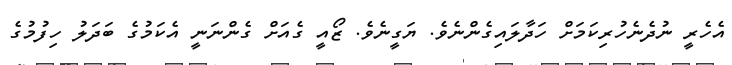
އެހެރީ ނުދެނެހުރިކަމަށް ހަދާލައިގެންނެވެ. ޔަގީނެވެ. ޒޯއީ ގެއަށް ގެންނަނީ އެކަމުގެ ބަދަލު ހިފުމުގެ